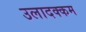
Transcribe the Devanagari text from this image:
उलादक्कम